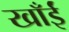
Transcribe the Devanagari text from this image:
खाँईं